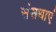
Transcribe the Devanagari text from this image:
संसथाएं